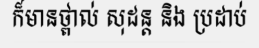
ក៏មានថ្ពាល់ សុដន្ត និង ប្រដាប់